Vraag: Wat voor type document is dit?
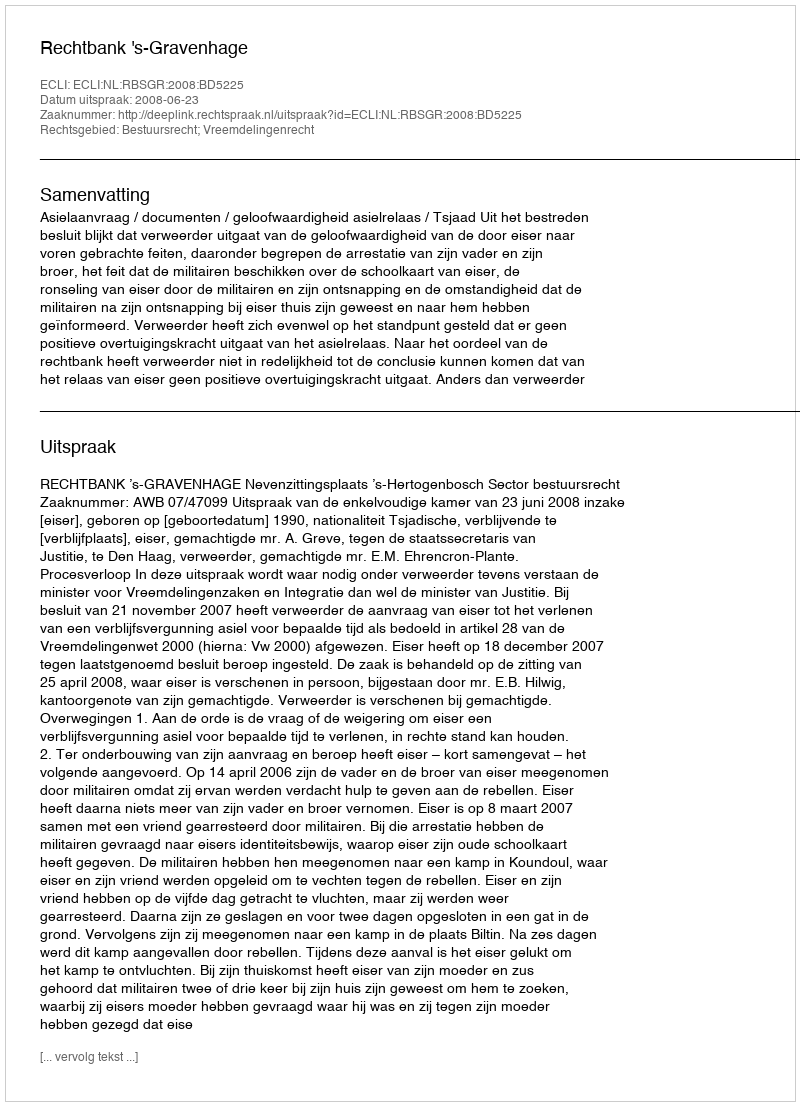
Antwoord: Uitspraak